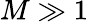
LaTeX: M\gg 1